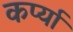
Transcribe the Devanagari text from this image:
कर्प्या